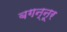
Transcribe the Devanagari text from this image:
बगन्नूर